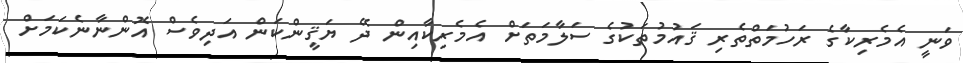
ވަނީ އެމެރިކާގެ ރަހުމަތްތެރި ޤައުމުތަކުގެ ސަލާމަތަށް އެމެރިކާއިން ދޭ ޔަޤީންކަން އަދިވެސް އޮންނާނެކަމަށް